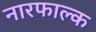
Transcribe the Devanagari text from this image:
नारफाल्क